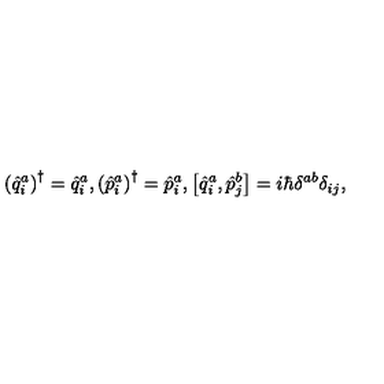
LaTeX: \left( \hat { q } _ { i } ^ { a } \right) ^ { \dagger } = \hat { q } _ { i } ^ { a } , \left( \hat { p } _ { i } ^ { a } \right) ^ { \dagger } = \hat { p } _ { i } ^ { a } , \left[ \hat { q } _ { i } ^ { a } , \hat { p } _ { j } ^ { b } \right] = i \hbar \delta ^ { a b } \delta _ { i j } ,